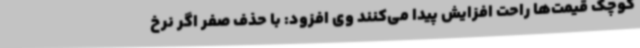
کوچک قیمت‌ها راحت افزایش پیدا می‌کنند وی افزود: با حذف صفر اگر نرخ